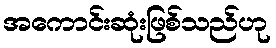
အကောင်းဆုံးဖြစ်သည်ဟု